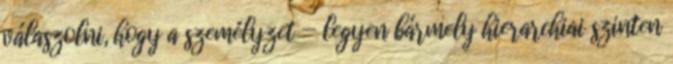
válaszolni, hogy a személyzet — legyen bármely hierarchiai szinten